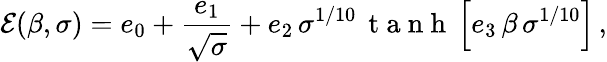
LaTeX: \mathcal{E}(\beta,\sigma)=e_{0}+\frac{e_{1}}{\sqrt{\sigma}}+e_{2}\, \sigma^{1/10}\, \mathrm{~t~a~n~h~}\left[e_{3}\, \beta\, \sigma^{1/10}\right]\, ,